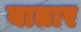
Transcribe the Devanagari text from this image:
बातार